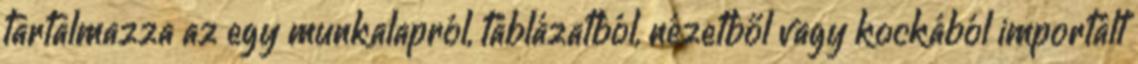
tartalmazza az egy munkalapról, táblázatból, nézetből vagy kockából importált